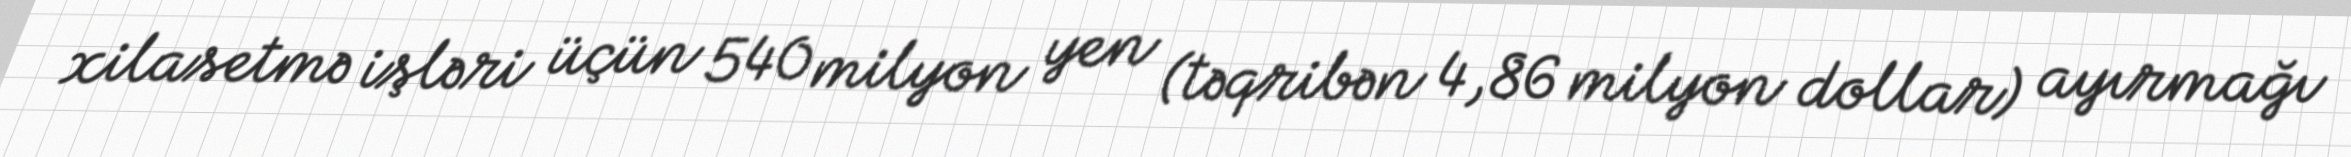
xilasetmə işləri üçün 540 milyon yen (təqribən 4,86 milyon dollar) ayırmağı